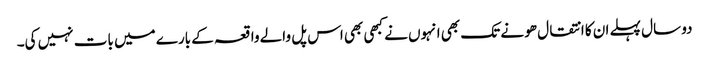
دو سال پہلے ان کا انتقال ھو نے تک بھی انہوں نے کبھی بھی اس پل والے واقعہ کے بارے میں بات نہیں کی۔